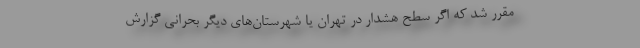
مقرر شد که اگر سطح هشدار در تهران یا شهرستان‌های دیگر بحرانی گزارش